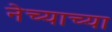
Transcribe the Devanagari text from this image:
नेच्याच्या